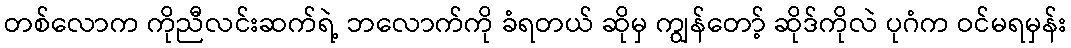
တစ်လောက ကိုညီလင်းဆက်ရဲ့ ဘလောက်ကို ခံရတယ် ဆိုမှ ကျွန်တော့် ဆိုဒ်ကိုလဲ ပုဂံက ဝင်မရမှန်း